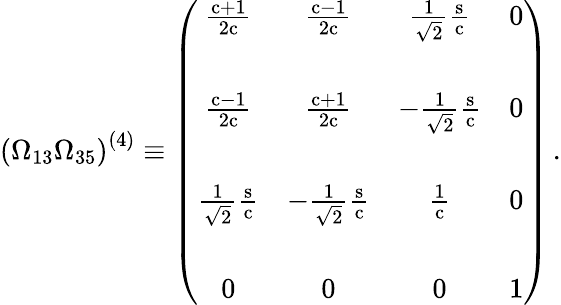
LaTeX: \left(\Omega_{13}\Omega_{35}\right)^{(4)}\equiv\left(\begin{array}{cccc}{{\frac{\mathrm{c}+1}{2\mathrm{c}}}}&{{\frac{\mathrm{c}-1}{2\mathrm{c}}}}&{{\frac{1}{\sqrt{2}}\frac{\mathrm{s}}{\mathrm{c}}}}&{{0}}\\ {{}}&{{}}&{{}}&{{}}\\ {{\frac{\mathrm{c}-1}{2\mathrm{c}}}}&{{\frac{\mathrm{c}+1}{2\mathrm{c}}}}&{{-\frac{1}{\sqrt{2}}\frac{\mathrm{s}}{\mathrm{c}}}}&{{0}}\\ {{}}&{{}}&{{}}&{{}}\\ {{\frac{1}{\sqrt{2}}\frac{\mathrm{s}}{\mathrm{c}}}}&{{-\frac{1}{\sqrt{2}}\frac{\mathrm{s}}{\mathrm{c}}}}&{{\frac{1}{\mathrm{c}}}}&{{0}}\\ {{}}&{{}}&{{}}&{{}}\\ {{0}}&{{0}}&{{0}}&{{1}}\end{array}\right)\, .